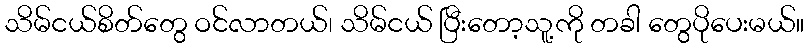
သိမ်ငယ်စိတ်တွေ ဝင်လာတယ်၊ သိမ်ငယ် ပြီးတော့သူ့ကို တခါ တွေပိုပေးမယ်။